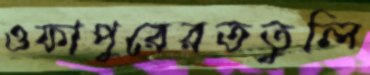
ওফাপুরেরততুলি